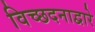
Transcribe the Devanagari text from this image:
विच्छदनाद्वारे